Indian journal of veterinary science and animal husbandry - Volume 2,
Year: 1932
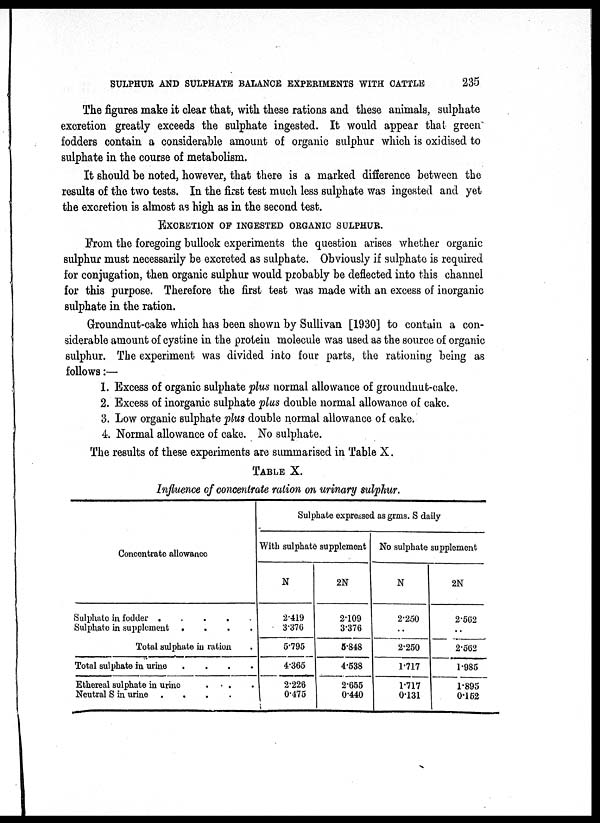
SULPHUR AND SULPHATE BALANCE EXPERIMENTS WITH
CATTLE
235
The figures make it clear that, with these rations and these animals, sulphate
excretion greatly exceeds the sulphate ingested. It would appear that green
fodders contain a considerable amount of organic sulphur which is oxidised to
sulphate in the course of metabolism.
It should be noted, however, that there is a marked difference between the
results of the two tests. In the first test much less sulphate was ingested and yet
the excretion is almost as high as in the second test.
EXCRETION OF INGESTED ORGANIC SULPHUR.
From the foregoing bullock experiments the question arises whether organic
sulphur must necessarily be excreted as sulphate. Obviously if sulphate is required
for conjugation, then organic sulphur would probably be deflected into this channel
for this purpose. Therefore the first test was made with an excess of inorganic
sulphate in the ration.
Groundnut-cake which has been shown by Sullivan [1930] to contain a con-
siderable amount of cystine in the protein molecule was used as the source of organic
sulphur. The experiment was divided into four parts, the rationing being as
follows :—
1. Excess of organic sulphate plus normal allowance of groundnut-cake.
2. Excess of inorganic sulphate plus double normal allowance of cake.
3. Low organic sulphate plus double normal allowance of cake.
4. Normal allowance of cake. No sulphate.
The results of these experiments are summarised in Table X.
TABLE X.
Influence of concentrate ration on urinary sulphur.
Concentrate allowance
Sulphate in fodder
Sulphate in supplement .
.
.
.
Total sulphate in ration .
Total sulphate in urine .
.
.
.
Ethereal sulphate in urine . . .
Neutral S in urine .
.
.
.
Sulphate expressed as grms. S daily
With sulphate supplement
N
2.419
3.376
5.795
4.365
2.226
0.475
2N
2.109
3.376
5.848
4.538
2.655
0.440
No sulphate supplement
N
2.250
. .
2.250
1.717
1.717
0.131
2N
2.562
. .
2.562
1.985
1.895
0.152